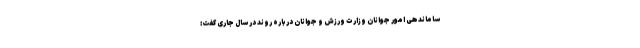
ساماندهی امور جوانان وزارت ورزش و جوانان درباره روند در سال جاری گفت: